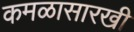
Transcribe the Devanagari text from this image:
कमळासारखी